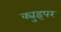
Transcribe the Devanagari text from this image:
क्युइपर